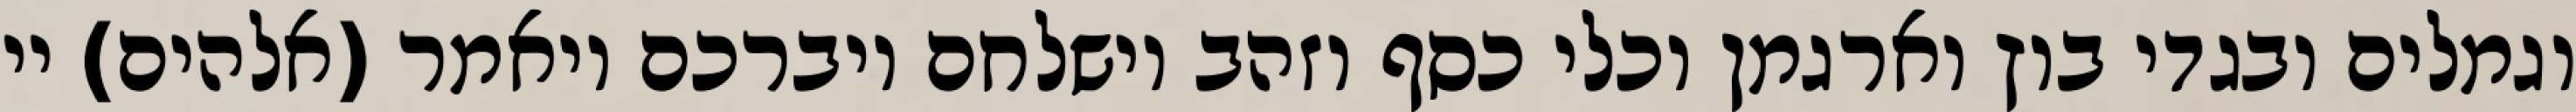
וגמלים ובגדי בוץ וארגמן וכלי כסף וזהב וישלחם ויברכם ויאמר (אלהים) יי